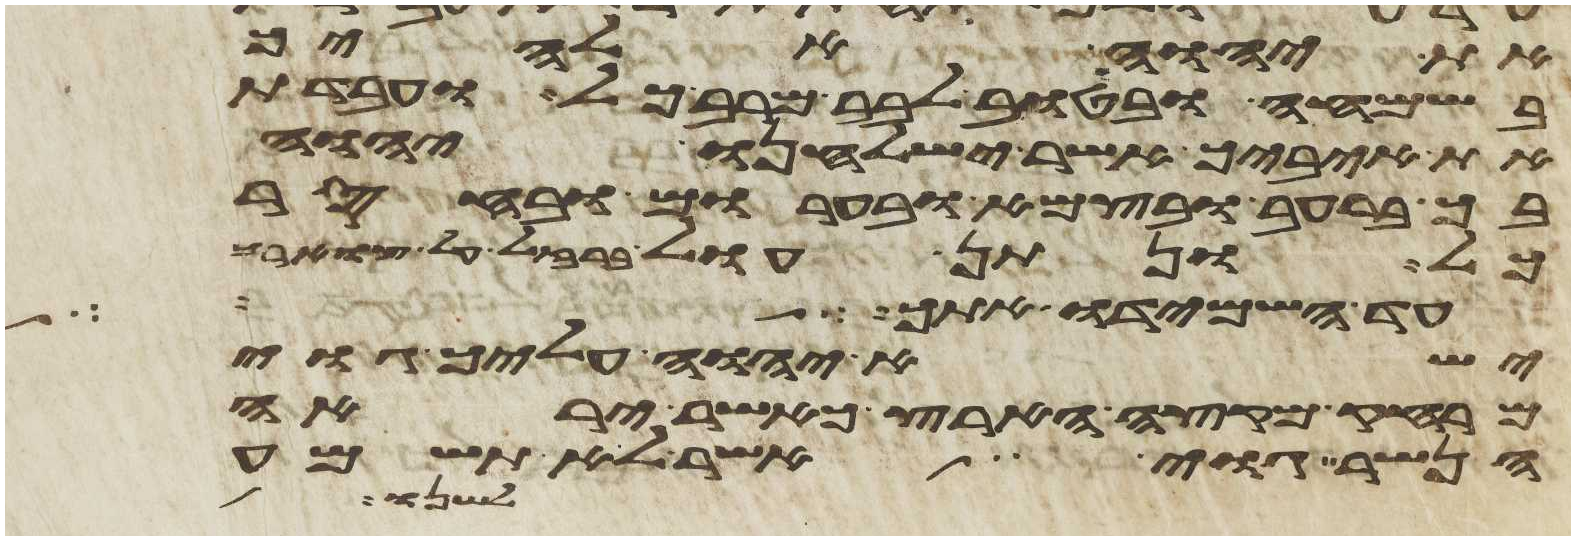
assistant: את יהוה אלהיך
בשמחה ובטוב לבב מרב כל ועבדת
את איביך אשר ישלחנו יהוה
בך ברעב ובצמא ובערום ובחסר
כל ונתן עול ברזל על צוארך
עד השמידו אתך ישא
ישא יהוה עליך גוי
מרחק מקצה הארץ כאשר יראה
הנשר גוי אשר לא תשמע
לשנו